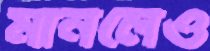
মানলেও